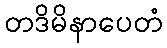
တဒိမိနာပေတံ